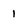
Character: 1